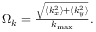
\begin{array} { r } { \Omega _ { k } = \frac { \sqrt { \langle k _ { x } ^ { 2 } \rangle + \langle k _ { y } ^ { 2 } \rangle } } { k _ { \mathrm { m a x } } } . } \end{array}